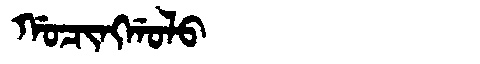
Manchu: ᡤᠣᠴᡳᠩᡤᠣᠯᠣ
Romanization: GOCINGGOLO